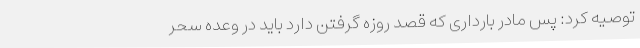
توصیه کرد: پس مادر بارداری که قصد روزه گرفتن دارد باید در وعده سحر